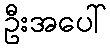
ဦးအပေါ်